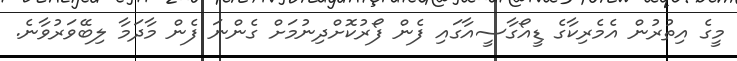
މީގެ އިތުރުން އެމެރިކާގެ ޑީއޯގާސީއާގައި ފެން ފޯރުކޮށްދިނުމަށް ގެންނަ ފެން މާދަމާ ލިބޭވަރުވާނެ.